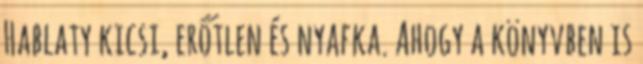
Hablaty kicsi, erőtlen és nyafka. Ahogy a könyvben is